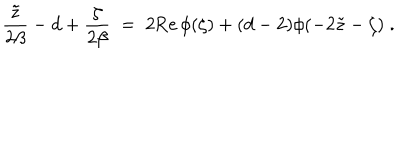
LaTeX: { \frac { \tilde { z } } { 2 \beta } } - d + { \frac { \zeta } { 2 \beta } } \; = \; 2 \mathrm { R e } \, \phi ( \zeta ) + ( d - 2 ) \phi ( - 2 \tilde { z } - \zeta ) \; .